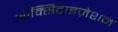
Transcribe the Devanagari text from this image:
ऑक्सिटाइज़ेशन